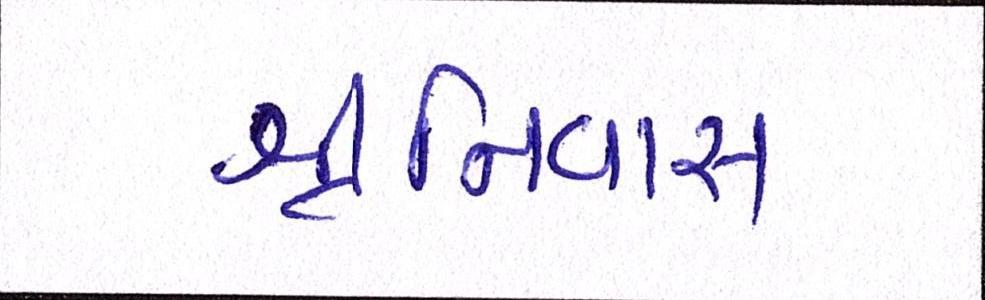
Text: શ્રીનિવાસ